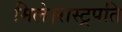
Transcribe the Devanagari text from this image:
मिले।रास्ट्रपति